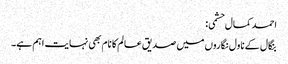
احمد کمال حشمی:
بنگال کے ناول نگاروں میں صدیق عالم کا نام بھی نہایت اہم ہے۔